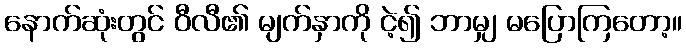
နောက်ဆုံးတွင် ဝီလီ၏ မျက်နှာကို ငဲ့၍ ဘာမျှ မပြောကြတော့။